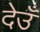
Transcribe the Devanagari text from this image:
देउँ